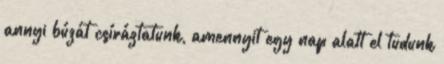
annyi búzát csíráztatunk, amennyit egy nap alatt el tudunk